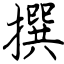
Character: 撰